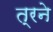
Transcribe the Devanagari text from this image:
त्रने